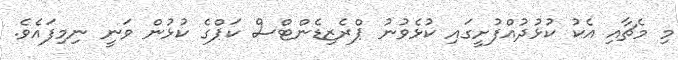
މި މެޗާއި އެކު ކުޅުދުއްފުށީގައި ކުޅެވުނު ޕްރެޒިޑެންޓްސް ކަޕްގެ ކުޅުން ވަނީ ނިމިފައެވެ.